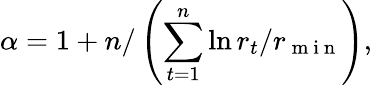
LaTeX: \alpha=1+n/\left(\sum_{t=1}^{n}\ln{r_{t}}/{r_{\mathrm{~m~i~n~}}}\right),